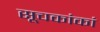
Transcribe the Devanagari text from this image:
सूचकांकां